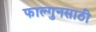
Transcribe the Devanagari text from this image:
फाल्गुनसाठी